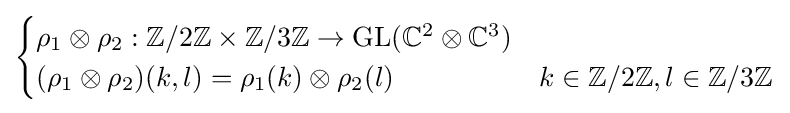
{\begin{cases}\rho _{1}\otimes \rho _{2}:\mathbb {Z} /2\mathbb {Z} \times \mathbb {Z} /3\mathbb {Z} \to {\text{GL}}(\mathbb {C} ^{2}\otimes \mathbb {C} ^{3})\\(\rho _{1}\otimes \rho _{2})(k,l)=\rho _{1}(k)\otimes \rho _{2}(l)&k\in \mathbb {Z} /2\mathbb {Z} ,l\in \mathbb {Z} /3\mathbb {Z} \end{cases}}